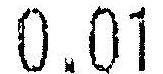
0.01